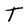
Character: T